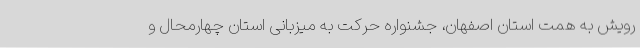
رویش به همت استان اصفهان، جشنواره حرکت به میزبانی استان چهارمحال و